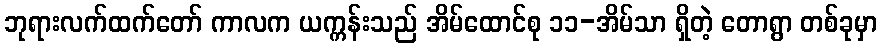
ဘုရားလက်ထက်တော် ကာလက ယက္ကန်းသည် အိမ်ထောင်စု ၁၁-အိမ်သာ ရှိတဲ့ တောရွာ တစ်ခုမှာ